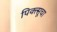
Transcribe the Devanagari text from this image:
पिक्त्सूचा